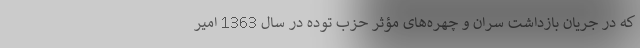
که در جریان بازداشت سران و چهره‌های مؤثر حزب توده در سال 1363 امیر